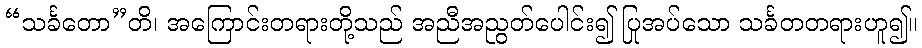
“သင်္ခတော”တိ၊ အကြောင်းတရားတို့သည် အညီအညွတ်ပေါင်း၍ ပြုအပ်သော သင်္ခတတရားဟူ၍။